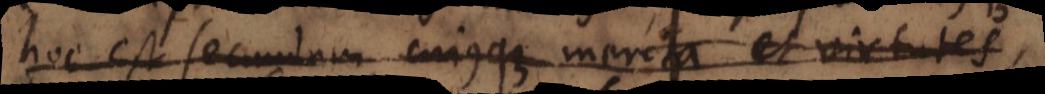
hoc est secundum cujusque merita et virtutes,